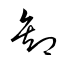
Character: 卸